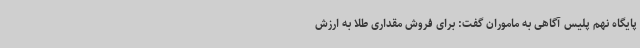
پایگاه نهم پلیس آگاهی به ماموران گفت: برای فروش مقداری طلا به ارزش